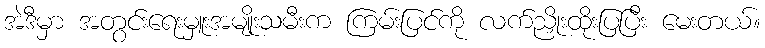
အဲဒီမှာ အတွင်းရေးမှူးအမျိုးသမီးက ကြမ်းပြင်ကို လက်ညှိုးထိုးပြပြီး မေးတယ်။